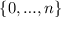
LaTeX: \left\{ 0 , { \ldots } , n \right\}